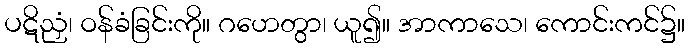
ပဋိညှံ၊ ဝန်ခံခြင်းကို။ ဂဟေတွာ၊ ယူ၍။ အာကာသေ၊ ကောင်းကင်၌။